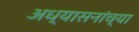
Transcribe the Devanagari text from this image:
अध्यासनांच्या